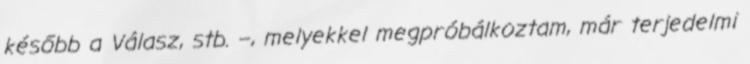
később a Vá­lasz, stb. –, me­lyekkel megpróbálkoztam, már ter­jedelmi